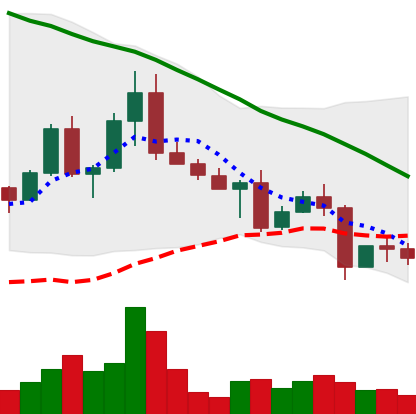
Ticker: EOS-USD
Chart end date: 2022-05-03
Forward return: -5.179%
Label: down_5_7